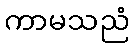
ကာမသညံ